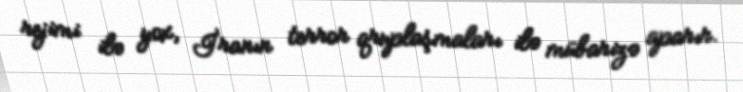
rejimi ilə yox, İranın terror qruplaşmaları ilə mübarizə aparır.